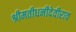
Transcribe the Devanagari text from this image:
श्रीमतीधनीदेवीराव